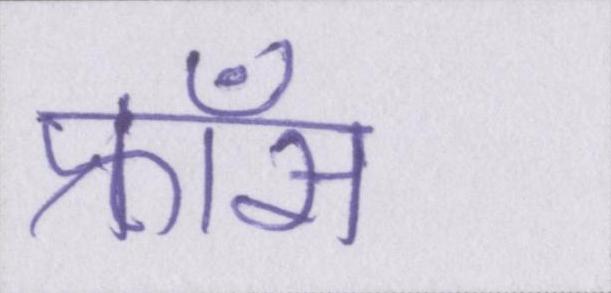
फ्राँस